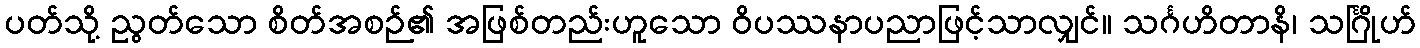
ပတ်သို့ ညွတ်သော စိတ်အစဉ်၏ အဖြစ်တည်းဟူသော ဝိပဿနာပညာဖြင့်သာလျှင်။ သင်္ဂဟိတာနိ၊ သင်္ဂြိုဟ်